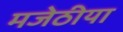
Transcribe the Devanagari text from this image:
मजेठीया